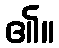
၏။